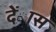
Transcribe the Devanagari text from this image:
देंास